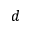
d